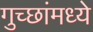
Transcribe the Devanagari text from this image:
गुच्छांमध्ये